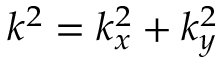
k ^ { 2 } = k _ { x } ^ { 2 } + k _ { y } ^ { 2 }